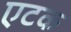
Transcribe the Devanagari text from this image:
एटक